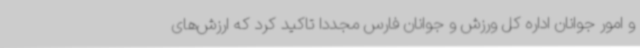
و امور جوانان اداره کل ورزش و جوانان فارس مجددا تاکید کرد که ارزش‌های